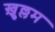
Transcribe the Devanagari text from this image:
ख़ुल्लम